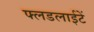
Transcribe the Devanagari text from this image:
फ्लडलाईटें